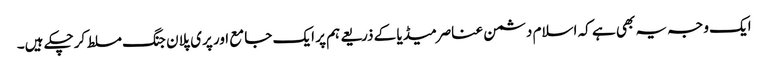
ایک وجہ یہ بھی ہے کہ اسلام دشمن عناصرمیڈیا کے ذریعے ہم پر ایک جامع اور پری پلان جنگ مسلط کرچکے ہیں۔